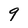
Character: 9